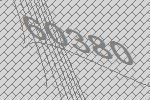
60380